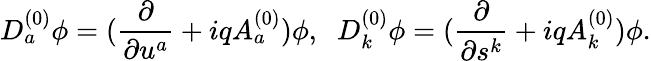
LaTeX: D_{a}^{(0)}\phi=(\frac{\partial}{\partial u^{a}}+iqA_{a}^{(0)})\phi,\; \; D_{k}^{(0)}\phi=(\frac{\partial}{\partial s^{k}}+iqA_{k}^{(0)})\phi.